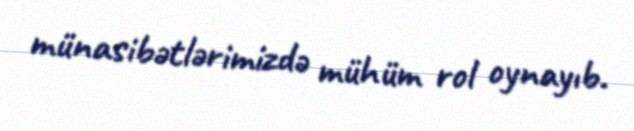
münasibətlərimizdə mühüm rol oynayıb.